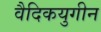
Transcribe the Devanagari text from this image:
वैदिकयुगीन